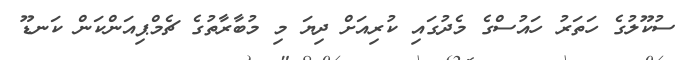
ސުކޫލުގެ ހަތަރު ހައުސްގެ މެދުގައި ކުރިއަށް ދިޔަ މި މުބާރާތުގެ ޗެމްޕިއަންކަން ކަނޑޫ